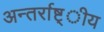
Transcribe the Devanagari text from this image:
अन्तर्राष्ट्ीय